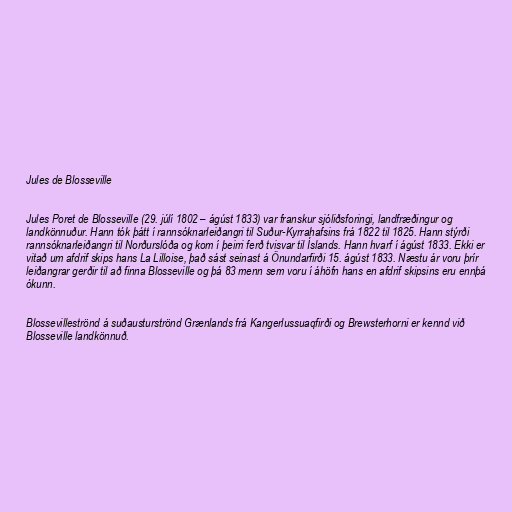
Jules de Blosseville

Jules Poret de Blosseville (29. júlí 1802 – ágúst 1833) var franskur sjóliðsforingi, landfræðingur og
landkönnuður. Hann tók þátt í rannsóknarleiðangri til Suður-Kyrrahafsins frá 1822 til 1825. Hann stýrði
rannsóknarleiðangri til Norðurslóða og kom í þeirri ferð tvisvar til Íslands. Hann hvarf í ágúst 1833. Ekki er
vitað um afdrif skips hans La Lilloise, það sást seinast á Önundarfirði 15. ágúst 1833. Næstu ár voru þrír
leiðangrar gerðir til að finna Blosseville og þá 83 menn sem voru í áhöfn hans en afdrif skipsins eru ennþá
ókunn.

Blossevilleströnd á suðausturströnd Grænlands frá Kangerlussuaqfirði og Brewsterhorni er kennd við
Blosseville landkönnuð.